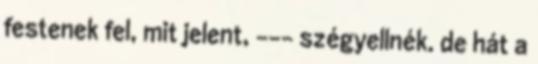
festenek fel, mit jelent, --- szégyellnék. de hát a